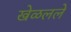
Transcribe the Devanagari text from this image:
खेळलले